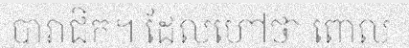
បារាជិក។ ដែលហៅថា ពោល